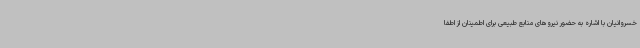
خسروانیان با اشاره به حضور نیروهای منابع طبیعی برای اطمینان از اطفا